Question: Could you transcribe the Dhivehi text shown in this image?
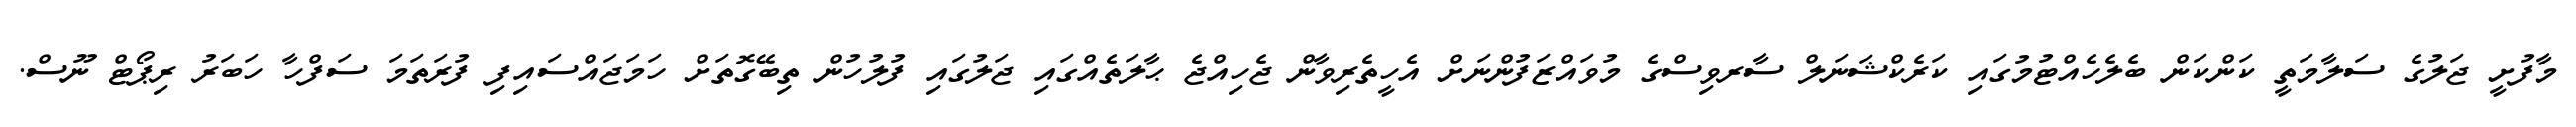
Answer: މާފުށީ ޖަލުގެ ސަލާމަތީ ކަންކަން ބެލެހެއްޓުމުގައި ކަރެކްޝަނަލް ސާރވިސްގެ މުވައްޒަފުންނަށް އެހީތެރިވާން ޖެހިއްޖެ ޙާލަތެއްގައި ޖަލުގައި ފުލުހުން ތިބޭގޮތަށް ހަމަޖައްސައިފި ފުރަތަމަ ސަފްހާ ހަބަރު ރިޕޯޓް ނޫސް.